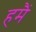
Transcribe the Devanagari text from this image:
हमैं